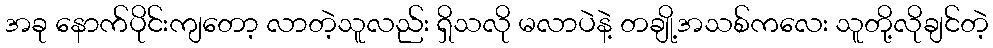
အခု နောက်ပိုင်းကျတော့ လာတဲ့သူလည်း ရှိသလို မလာပဲနဲ့ တချို့အသစ်ကလေး သူတို့လိုချင်တဲ့